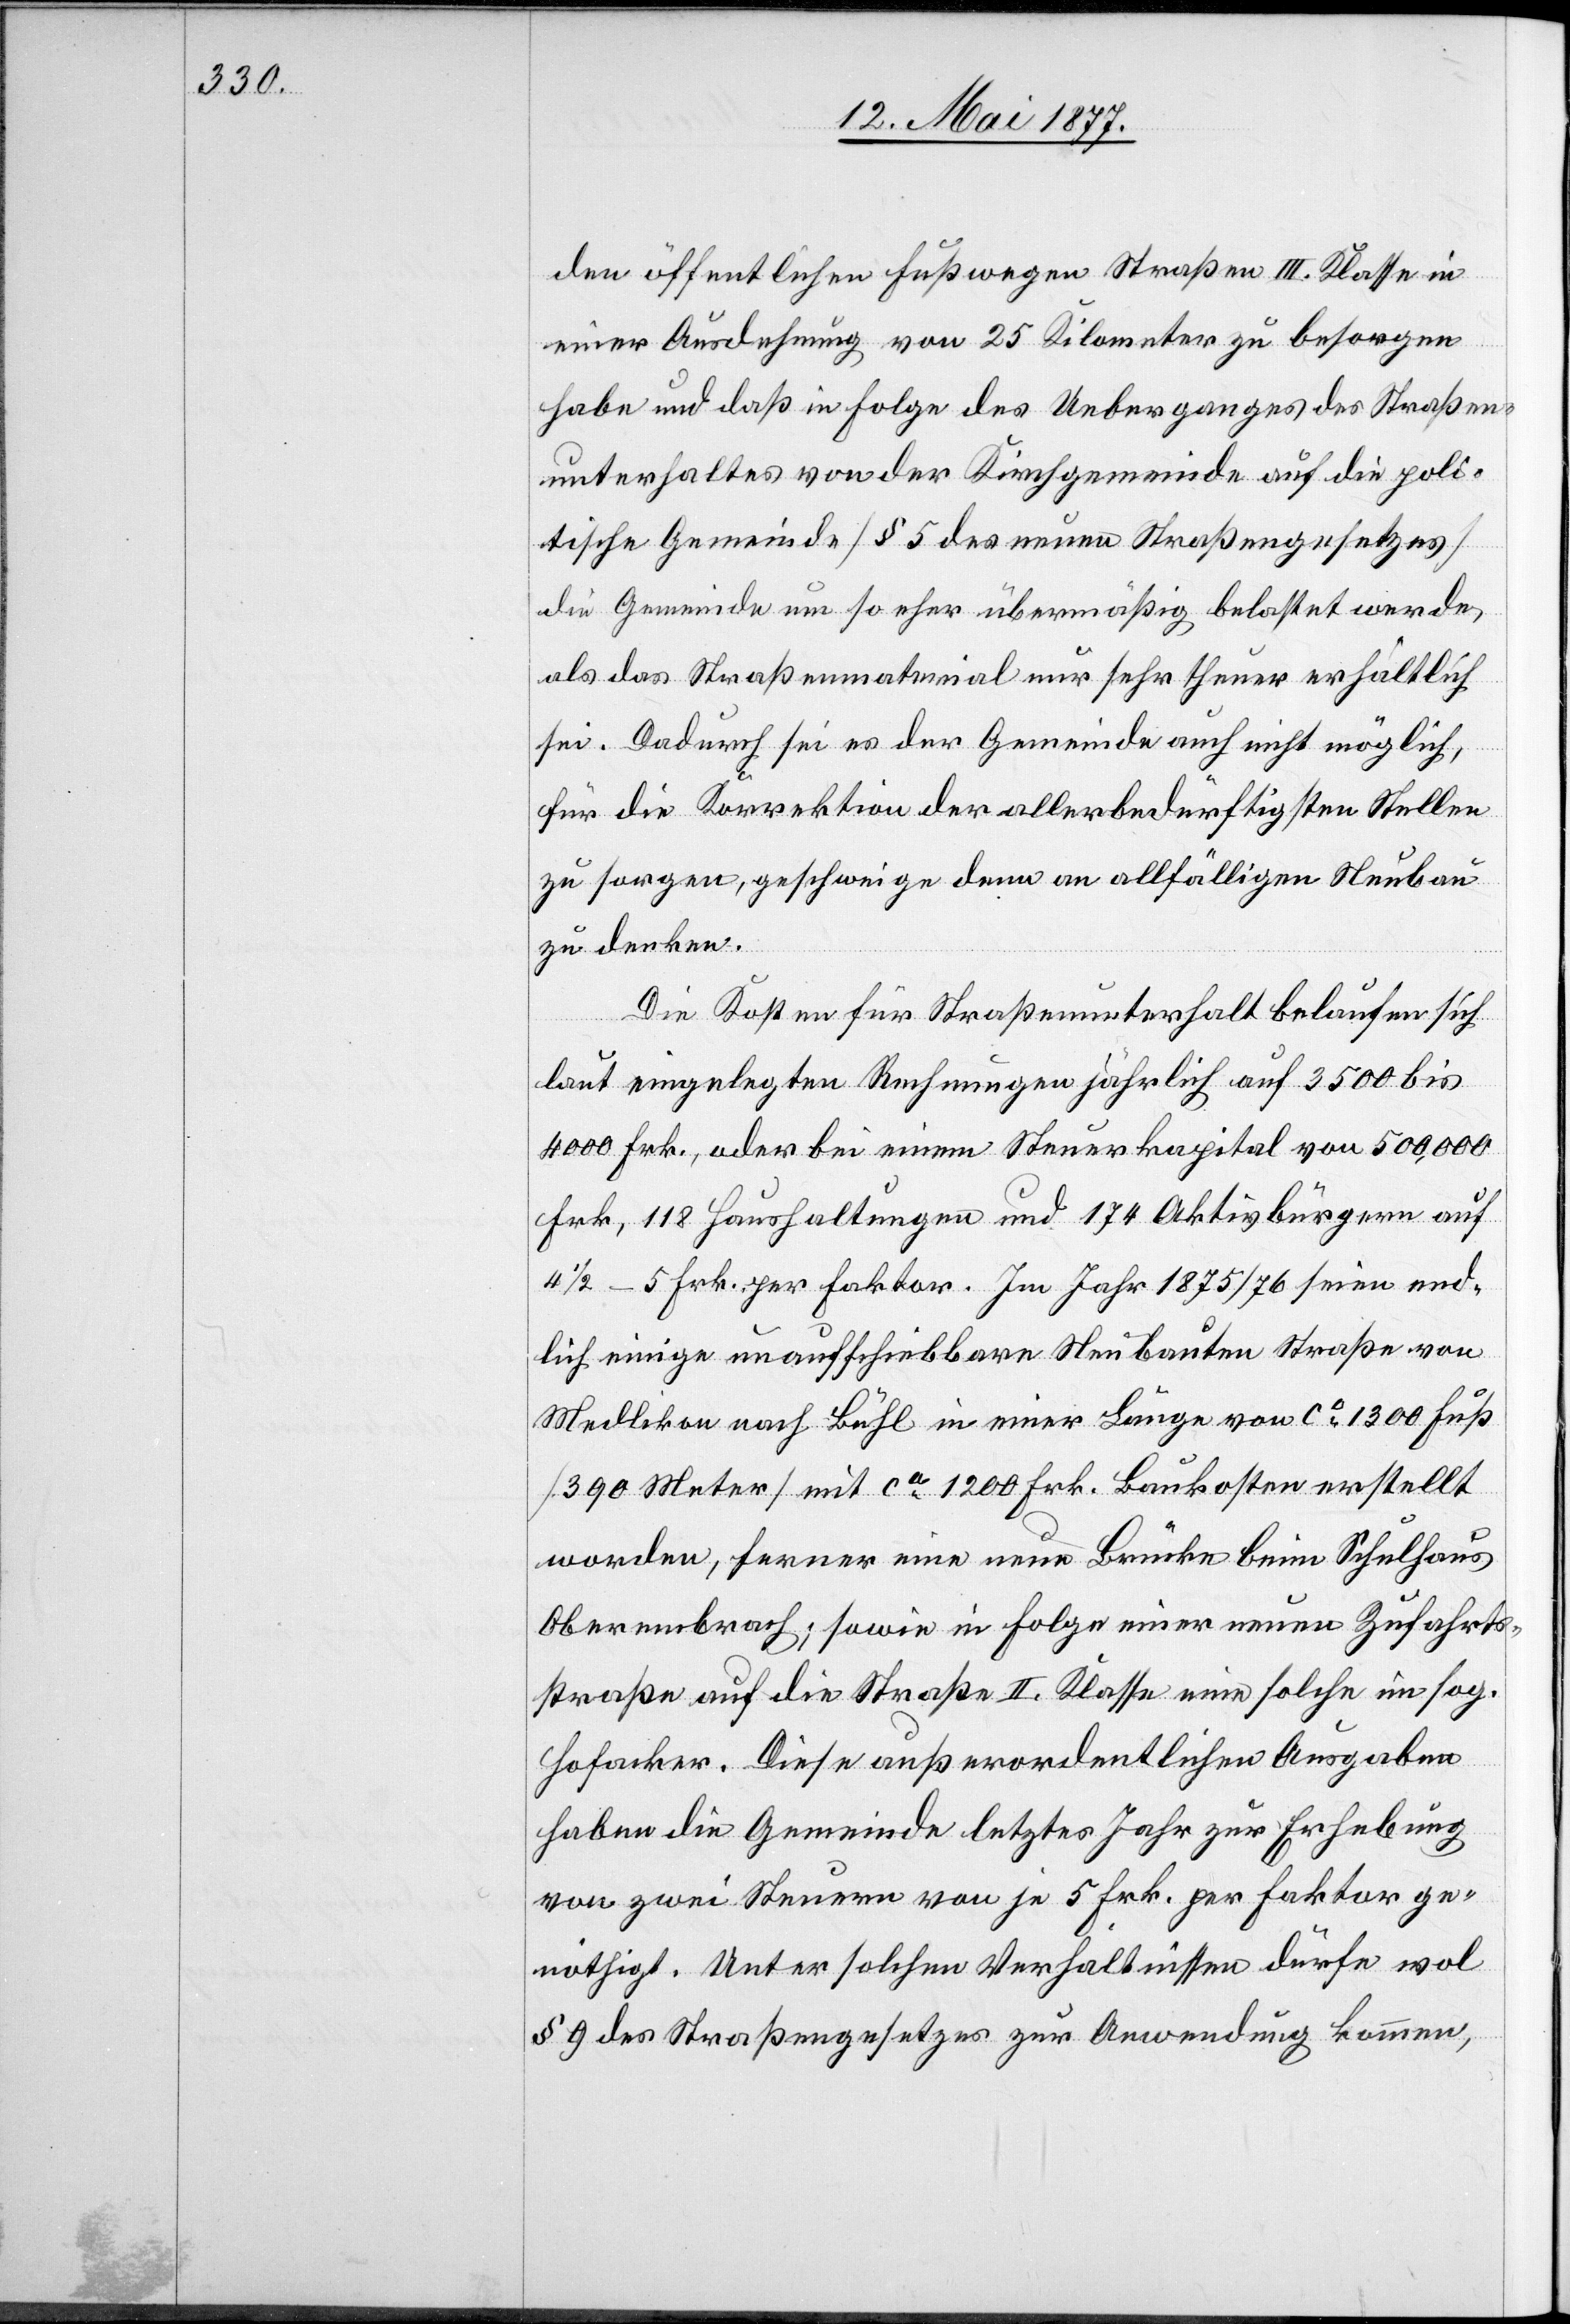
den öffentlichen Fußwegen Straßen III. Klasse in
einer Ausdehnung von 25 Kilometer zu besorgen
habe und daß in Folge des Ueberganges des Straßen¬
unterhaltes von der Kirchgemeinde auf die poli¬
tische Gemeinde [§ 5 des neuen Straßengesetzes]
die Gemeinde um so eher übermäßig belastet werde,
als das Straßenmaterial nur sehr theuer erhältlich
sei. Dadurch sei es der Gemeinde auch nicht möglich,
für die Korrektion der allerbedürftigsten Stellen
zu sorgen, geschweige denn an allfälligen Neubau
zu denken.
Die Kosten für Straßenunterhalt belaufen sich
laut eingelegten Rechnungen jährlich auf 3500 bis
4000 Frk., oder bei einem Steuerkapital von 500,000
Frk., 118 Haushaltungen und 174 Aktivbürgern auf
4 1/2–5 Frk. per Faktor. Im Jahr 1875/76 seien end¬
lich einige unaufschiebbare Neubauten []Straße von
Medlikon nach Bühl in einer Länge von ca 1300 Fuß
[390 Meter] mit ca 1200 Frk. Baukosten[]] erstellt
worden, ferner eine neue Brücke beim Schulhaus
Oberembrach; sowie in Folge einer neuen Zufahrt¬
straße auf die Straße II. Klasse eine solche im sog.
Hofacker. Diese außerordentlichen Ausgaben
haben die Gemeinde letztes Jahr zu Erhebung
von zwei Steuern von je 5 Frk. per Faktor ge¬
nöthigt. Unter solchen Verhältnissen dürfe wol
§ 9 des Straßengesetzes zur Anwendung kommen,